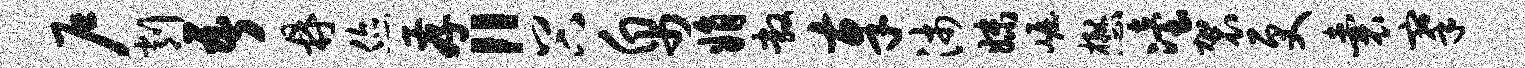
户削吾鼎您存“谷帛娟敞奉沛妹崛懋冶袈更囊搴